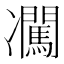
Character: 𪞰